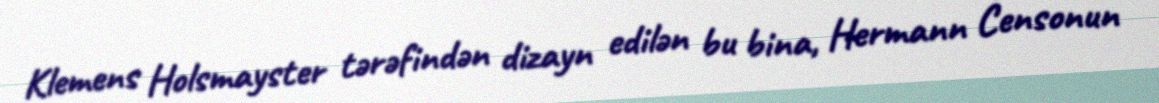
Klemens Holsmayster tərəfindən dizayn edilən bu bina, Hermann Censonun